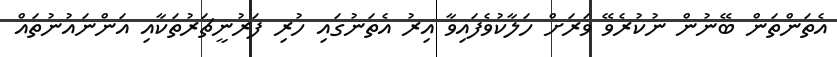
އެތަންތަން ބޭނުން ނުކުރެވޭ ވަރަށް ހަލާކުވެފައިވާ އިރު އެތަނުގައި ހުރި ފަރުނީޗަރުތަކާއި އަންނައުނުތައް